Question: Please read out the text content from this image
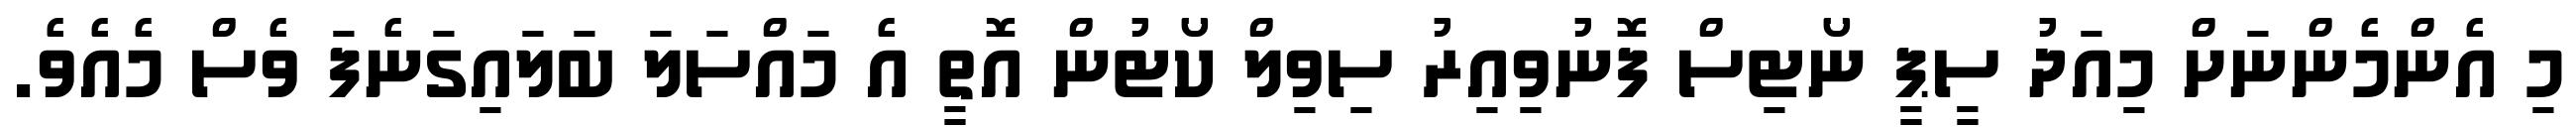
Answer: މި އެންމެންނަށް މިއަދު ސީޕީ ނޯޓިސް ފޮނުވިއިރު ސިވިލް ކޯޓުން އޮތީ އެ މައްސަލަ ބަލައިގަނެފަ ވެސް މެއެވެ.